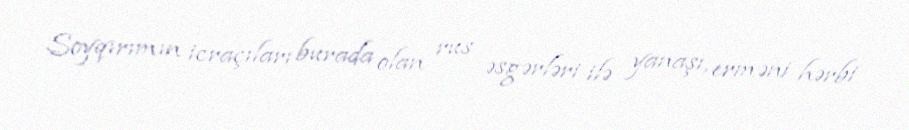
Soyqırımın icraçıları burada olan rus əsgərləri ilə yanaşı, erməni hərbi